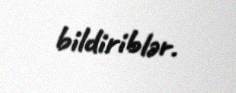
bildiriblər.